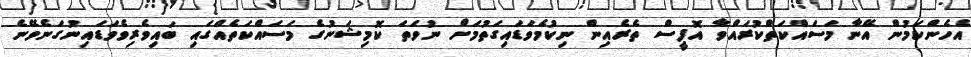
އެހެންކަމުން އޭނާ މަސައްކަތްކުރައްވާ އޮފީސް ތެރެއިން ނިކުމެވަޑައިގަތުމަށް ނުވަތަ ކޮމިޝަނުގެ މަސައްކަތެއްގައި ބައިވެރިވެވަޑައިނުގަނެވޭނެ